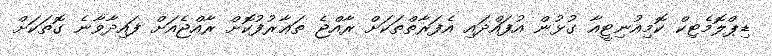
ޑިޕްލޮމެޓިކް ކޮމިއުނިޓީއާ ގުޅުން އުފައްދައި އެފަރާތްތަކަށް ރާއްޖެ ތަޢާރުފުކޮށް ރާއްޖެއަށް ފައިދާވާނެ ގޮތަކަށް